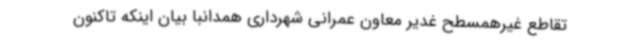
تقاطع غیرهمسطح غدیر معاون عمرانی شهرداری همدانبا بیان اینکه تاکنون